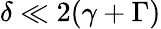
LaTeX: \delta\ll 2(\gamma+\Gamma)